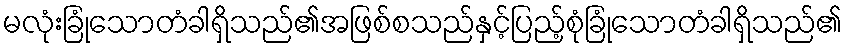
မလုံးခြုံသောတံခါရှိသည်၏အဖြစ်စသည်နှင့်ပြည့်စုံခြုံသောတံခါရှိသည်၏